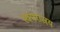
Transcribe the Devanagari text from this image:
स्वपराजय